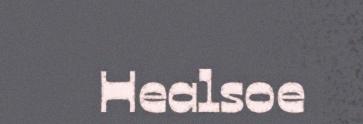
Healsoe